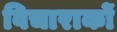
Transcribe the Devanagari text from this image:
विचाराकों